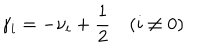
LaTeX: \gamma _ { i } = - \nu _ { i } + \frac 1 2 \quad ( i \not = 0 )